Scottish Leaving Certificate Examination, 1954
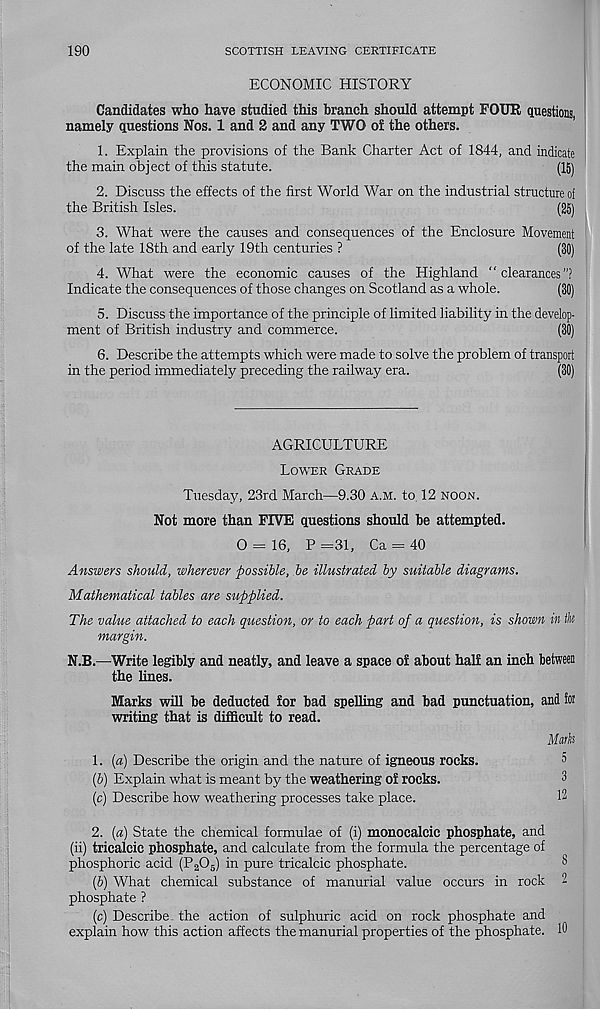
190
SCOTTISH LEAVING CERTIFICATE
ECONOMIC HISTORY
Candidates who have studied this branch should attempt POUR, questions,
namely questions Nos. 1 and 2 and any TWO of the others.
1. Explain the provisions of the Bank Charter Act of 1844, and indicate
the main object of this statute.
(15)
2. Discuss the effects of the first World War on the industrial structure of
the British Isles.
(25)
3. What were the causes and consequences of the Enclosure Movement
of the late 18th and early 19th centuries ?
(30)
4. What were the economic causes of the Highland “clearances"?
Indicate the consequences of those changes on Scotland as a whole.
(30)
5. Discuss the importance of the principle of limited liability in the develop-
ment of British industry and commerce.
(30)
6. Describe the attempts which were made to solve the problem of transport
in the period immediately preceding the railway era.
(30)
AGRICULTURE
Lower Grade
Tuesday, 23rd March—9.30 a.m. to 12 noon.
Not more than FIVE questions should be attempted.
O = 16, P =31, Ca = 40
Answers should, wherever -possible, be illustrated by suitable diagrams.
Mathematical tables are supplied.
The value attached to each question, or to each part of a question, is shown in the
margin.
N.B.—Write legibly and neatly, and leave a space of about half an inch between
the lines.
Marks will be deducted for bad spelling and bad punctuation, and iw
writing that is difficult to read.
Mark
1. (a) Describe the origin and the nature of igneous rocks.
^
(b) Explain what is meant by the weathering of rocks.
3
(c) Describe how weathering processes take place.
12
2. (a) State the chemical formulae of (i) monoealcic phosphate, and
(ii) tricalcic phosphate, and calculate from the formula the percentage of
phosphoric acid (P 2 0 5 ) in pure tricalcic phosphate.
(b) What chemical substance of manurial value occurs in rock
phosphate ?
(c) Describe the action of sulphuric acid on rock phosphate and
explain how this action affects the manurial properties of the phosphate.